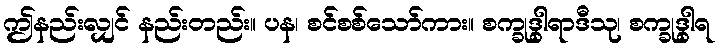
ဤနည်းလျှင် နည်းတည်း။ ပန၊ စင်စစ်သော်ကား။ စက္ခုဒွါရာဒီသု၊ စက္ခုဒွါရ